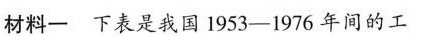
材料一下表是我国1953-1976年间的工